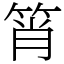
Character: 筲